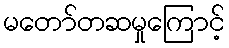
မတော်တဆမှုကြောင့်